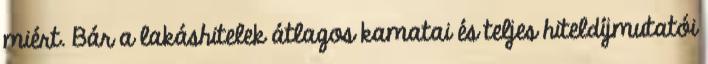
miért. Bár a lakáshitelek átlagos kamatai és teljes hiteldíjmutatói